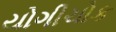
યોગીચોક